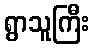
ရွာသူကြီး